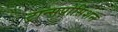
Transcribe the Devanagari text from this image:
ट्रान्सपोसिशन